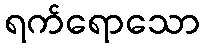
ရက်ရောသော